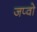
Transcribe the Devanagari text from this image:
जप्वो